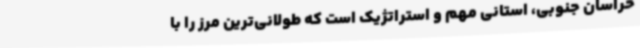
خراسان جنوبی، استانی مهم و استراتژیک است که طولانی‌ترین مرز را با